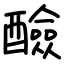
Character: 醶